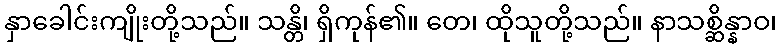
နှာခေါင်းကျိုးတို့သည်။ သန္တိ၊ ရှိကုန်၏။ တေ၊ ထိုသူတို့သည်။ နာသစ္ဆိန္နာဝ၊